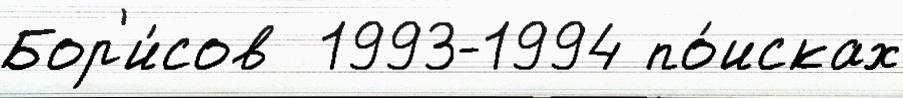
Бор'и́сов  1993-1994 по́исках